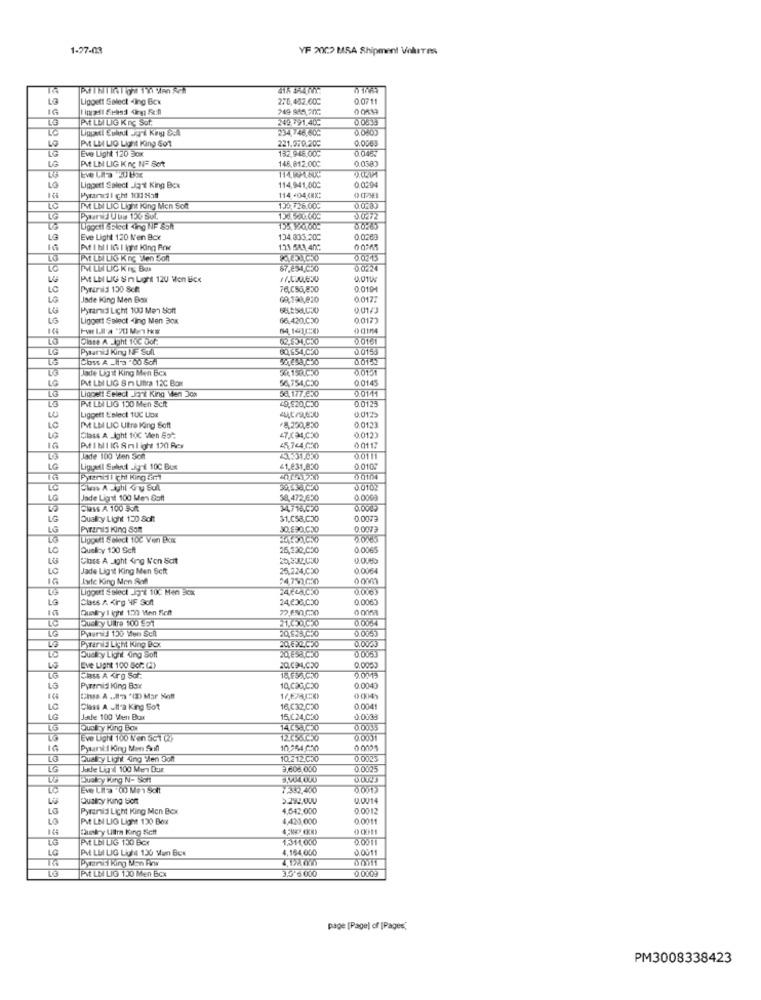
1-27-03
YF 200> MSA Shipment Volures
LG
Ligoett Select -Ing Bcx
278,452.600
0.0711
1G
0 0539
LG
PM LE LIG K nç Sat.
24: . 91.40:
234,746.602
0.0805
TO
0.0363
10
PME LM LIG Light King Sot
Eve Light 120 Box
221.570.200
132,948.000
0.0457
LG
P.t LN LIG K nc NF Sort
0.0583
146,812.000
114.WPLAUH
0.0294
10
Ligget! Select Jan't King Box
114,941,000
Pyrandil icht 1008at
114 -04CMX:
IM LN LIC LICH King Men Soft
130 726.00℃
0.0283
LG
136.500.000
0.0272
Ligoctl &Elect ding NF Soit
0.0265
LG
Eve Light 120 N'en Bcx
134.833.200
0.0260
111 543 40℃
PME LBI LIG K nc ilen Sont
0.0215
10
67.894,030
0.0224
At LE LIG S In Light 120 Men Bicx
17.000.830
0.01W
LC
Pyranid 100 Scht
76.050,830
0.0104
LG
Jsde King Men Box
69,198,820
00177
LG
Pyramid Licht 100 Men Solt
0.01/3
LG
Liggett Select Ing Men Box
66.420.030
0.0173
LO
olate A Light Toc Oof.
02.134.030
0.0161
Pyramid Kiny NF Sull
60,154,C30
0.0153
Class A _l'o "00 Sch
0.0152
LG
Jade Lig il King Men Bcx
544150.C30
0.0151
Pt LBI LIG Sn Ultra 12℃ Box
54.754,030
0.0145
LG
Ligoett Select _Jont King Men Jon
56,177.230
0.01.11
PVt LIN LIG 150 Men Scit
49,920,030
0.0123
0.0125
Liggett &'slect 1UC Low
PM LB LIC Utra king Soft
8.230,850
0.0123
Class A Light 10C Men Sot,
£7,C34,030
0.012)
Pflbil IG Anlight 120 Per
45.744.00
0011:
Jade 100 Wien Sch
0.0111
16
41,831,830
0.0100
00104
LG
Che A ughil Ary Sul
0.0102
10
Jade Lignit 100 Men Soft
38,472,650
0,0008
Class A 100 But
34718050
0,0005
LG
Quality Light 150 Soft
31.058,C30
0.0073
Pyramid King Samt
0.0073
10
Quelicy 130 Scft
25,330,050
0.0065
LG
Class A Light ding l'on &dt
0.0060
LC
Jade Ligt King Men Soft
25.224,030
0.0064
Ixtc King Men Sal
24.750.000
0 0003
0.0.63
LG
Class A Kirg 4F Soft
24,636,030
0.0063
Qundry I ight 120 Mien ficht
Query Ultra 100 951
0.0004
20,829,050
0.0753
20.692.030
0.0003
Pytaris Light King Box
20,858,030
0.0053
Dustry Light ung Soft
Eve Light 100 Sor: (2)
20.091.020
0,0000
9.00-15
Glass A Kirg Sor.
Pyrenis king Box
10,020,C30
0.00-43
Eiss A .. In "() Mar Koff
LC
Class A .Il'a King Sot
16,C32,030
0.0041
LG
Jadie 100 Vier Bux
15,C24,C30
0.0033
Qualry King Box
14.C5a.C30
0.0035
LG
Eve Light 100 N'en SG1 (2)
12.056.050
0.0031
1G
Pysani:i king Mon Sif
10.264.030
0 0005
LG
Qualry Light 4ing Men Doft
10.212.030
0.0025
Jede Ligil 100 Men Dax
3,608.000
0.0025
Dualzy King N- Soft
¥350.40
Qualry King sont
0.0014
Pyramid Licht King Men Box
4,542,000
0.0012
Pt LN LIG Light 120 Box
4,420,000
0.0011
144
Country Ultra King Seit
ALBI LIG 130 BCK
1.311,000
PVE LEI LIG Light 130 Min Box
4,164,000
0.0011
LG
Pymes king Man Row
3.5-6.000
0.0009
PMt LE LIG 130 Men Bcx
page [Pagel of [Pages,
PM3008338423